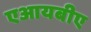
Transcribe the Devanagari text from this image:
एआयबीए